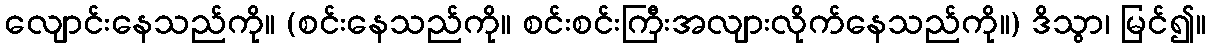
လျောင်းနေသည်ကို။ (စင်းနေသည်ကို။ စင်းစင်းကြီးအလျားလိုက်နေသည်ကို။) ဒိသွာ၊ မြင်၍။